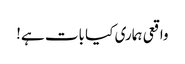
واقعی ہماری کیا بات ہے!